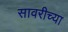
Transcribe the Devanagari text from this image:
सावरीच्या